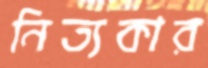
নিত্যকার